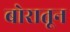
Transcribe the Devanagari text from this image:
बोरातून